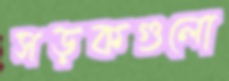
সড়কগুলো